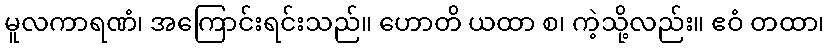
မူလကာရဏံ၊ အကြောင်းရင်းသည်။ ဟောတိ ယထာ စ၊ ကဲ့သို့လည်း။ ဧဝံ တထာ၊